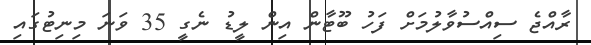
ރާއްޖެ ސިއްސުވާލުމަށް ފަހު ބޫޓާން އިން ލީޑު ނެގީ 35 ވަނަ މިނިޓުގައި